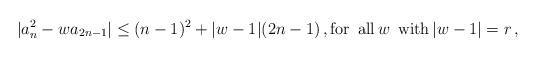
LaTeX: \begin{align*} |a_n^2-wa_{2n-1}| \le (n-1)^2 + |w-1| (2n-1)\,, \textrm{for\, all\,} w \ \, \textrm{with\,} |w-1|=r\,,\end{align*}